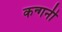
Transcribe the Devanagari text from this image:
कन्गनी